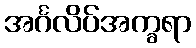
အင်္ဂလိပ်အက္ခရာ